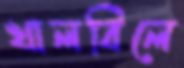
খালবিলে